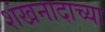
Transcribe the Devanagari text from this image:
शंखनादाच्या